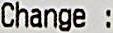
CHANGE :